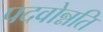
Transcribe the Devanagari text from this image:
पदवोन्नति